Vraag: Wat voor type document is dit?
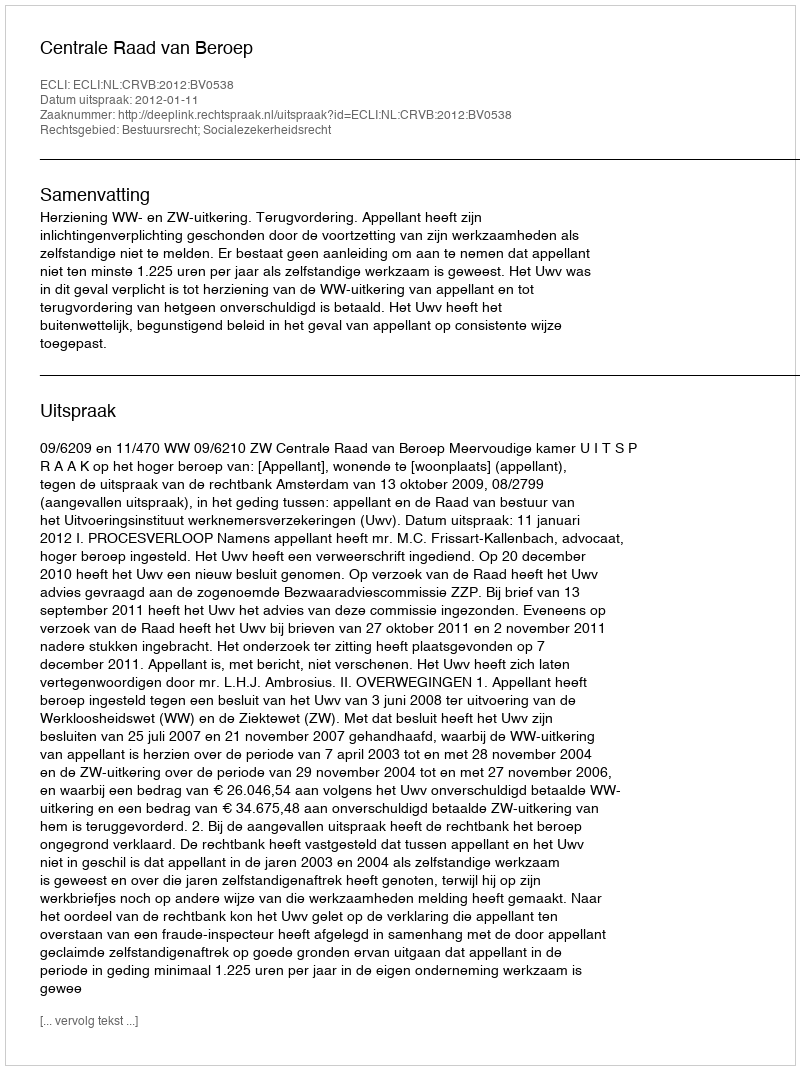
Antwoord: Uitspraak